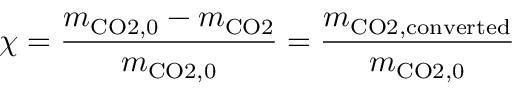
\chi = \frac { m _ { \mathrm { C O 2 , 0 } } - m _ { \mathrm { C O 2 } } } { m _ { \mathrm { C O 2 , 0 } } } = \frac { m _ { \mathrm { C O 2 , c o n v e r t e d } } } { m _ { \mathrm { C O 2 , 0 } } }